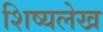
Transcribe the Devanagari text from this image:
शिष्यलेख